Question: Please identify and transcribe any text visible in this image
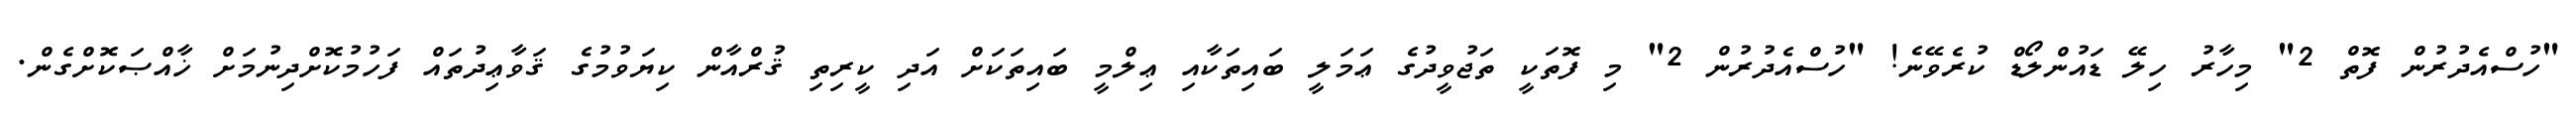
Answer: "ހުސްއެދުރުން ފޮތް 2" މިހާރު ހިލޭ ޑައުންލޯޑް ކުރެވޭނެ! "ހުސްއެދުރުން 2" މި ފޮތަކީ ތަޖުވީދުގެ ޢަމަލީ ބައިތަކާއި ޢިލްމީ ބައިތަކަށް އަދި ކީރިތި ޤުރްއާން ކިޔަވުމުގެ ޤަވާޢިދުތައް ފަހުމުކޮށްދިނުމަށް ޚާއްޞަކޮށްގެން.